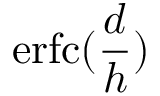
\operatorname { e r f c } ( \frac { d } { h } )